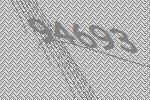
94693